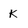
Character: k